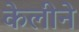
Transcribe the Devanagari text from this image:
केलीने